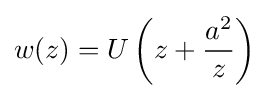
w(z)=U\left(z+{\frac {a^{2}}{z}}\right)